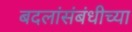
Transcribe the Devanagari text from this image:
बदलांसंबंधीच्या